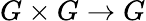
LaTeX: G\times G\to G